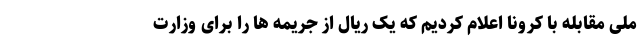
ملی مقابله با کرونا اعلام کردیم که یک ریال از جریمه ها را برای وزارت